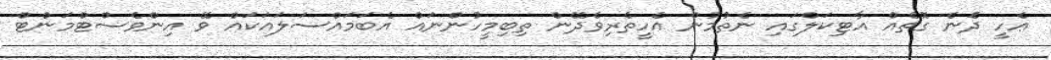
ޢެހީ ދަެނެ ގޮތެއް އާޓިކަލްގައި ނެތުމުން އެހީތެރިވެދޭން ތިބިމީހުންނައް އެބަމައްސަލައަކައް ވޭ އިންވެސްޓްމަންޓް